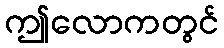
ဤလောကတွင်